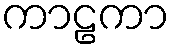
ကာဠကာ